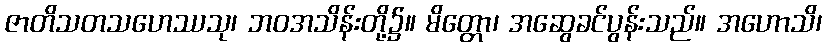
ဇာတိသတသဟေဿသု၊ ဘဝအသိန်းတို့၌။ မိတ္တော၊ အဆွေခင်ပွန်းသည်။ အဟောသိ၊